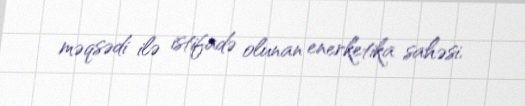
məqsədi ilə istifadə olunan enerketika sahəsi.